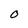
Character: O